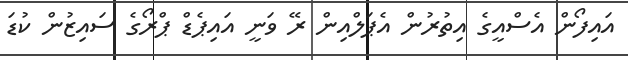
އައިފޯން އެސްއީގެ އިތުރުން އެޕަލްއިން ރޭ ވަނީ އައިޕެޑް ޕްރޯގެ ސައިޒުން ކުޑަ